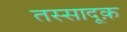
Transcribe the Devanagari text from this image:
तस्सादूक़